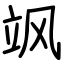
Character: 飒